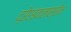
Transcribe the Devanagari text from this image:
द्रेएइकलास्सेन